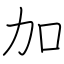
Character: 加